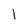
Character: l